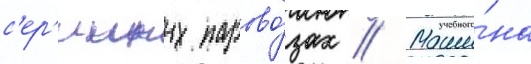
с'ер'ииных парово́зах // Маши́на